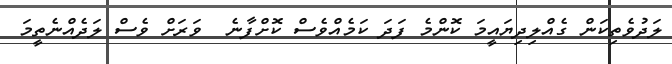
ލަދުވެތިކަން ގެއްލިދިޔައީމަ ކޮންމެ ފަދަ ކަމެއްވެސް ކޮށްފާނެ  ވަރަށް ވެސް ލަދެއްނެތީމަ